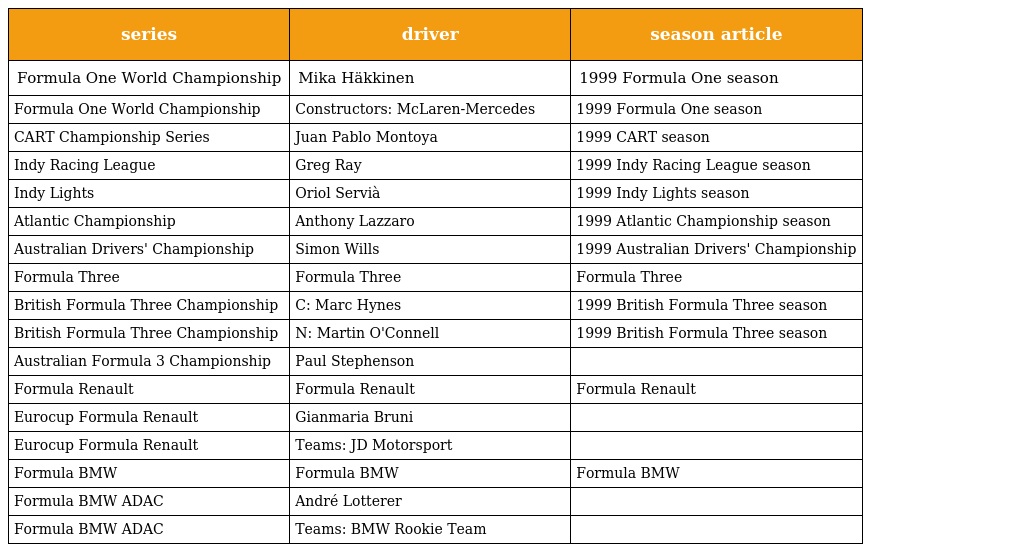
| series | driver | season article |
 | --- | --- | --- |
 | Formula One World Championship | Mika Häkkinen | 1999 Formula One season |
 | Formula One World Championship | Constructors: McLaren-Mercedes | 1999 Formula One season |
 | CART Championship Series | Juan Pablo Montoya | 1999 CART season |
 | Indy Racing League | Greg Ray | 1999 Indy Racing League season |
 | Indy Lights | Oriol Servià | 1999 Indy Lights season |
 | Atlantic Championship | Anthony Lazzaro | 1999 Atlantic Championship season |
 | Australian Drivers' Championship | Simon Wills | 1999 Australian Drivers' Championship |
 | Formula Three | Formula Three | Formula Three |
 | British Formula Three Championship | C: Marc Hynes | 1999 British Formula Three season |
 | British Formula Three Championship | N: Martin O'Connell | 1999 British Formula Three season |
 | Australian Formula 3 Championship | Paul Stephenson |  |
 | Formula Renault | Formula Renault | Formula Renault |
 | Eurocup Formula Renault | Gianmaria Bruni |  |
 | Eurocup Formula Renault | Teams: JD Motorsport |  |
 | Formula BMW | Formula BMW | Formula BMW |
 | Formula BMW ADAC | André Lotterer |  |
 | Formula BMW ADAC | Teams: BMW Rookie Team |  |